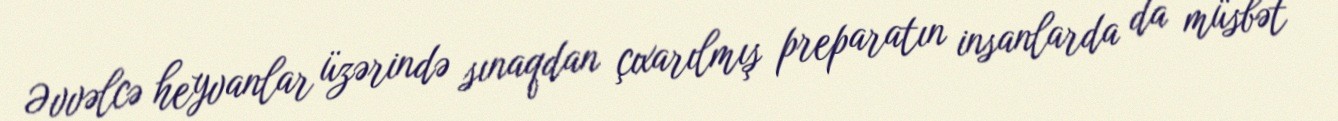
Əvvəlcə heyvanlar üzərində sınaqdan çıxarılmış preparatın insanlarda da müsbət